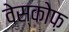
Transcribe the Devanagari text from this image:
वेस्कोफ़